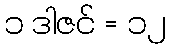
၁ ဒါဇင် = ၁၂